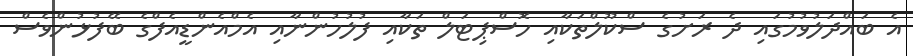
އެ ބައްދަލުވުމުގައި ދެ ރަށުގެ ސްކޫލްތަކާއި ހޮސްޕިޓަލް ތަކާއި ފުލުހުންނާއި އެމްއެންޑީއެފްގެ ބޭފުޅުންވެސް